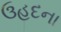
ઉહદના